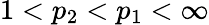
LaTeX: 1<p_{2}<p_{1}<\infty